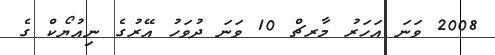
2008 ވަނަ އަހަރު މާރޗް 10 ވަނަ ދުވަހު އޭރުގެ ނިއުޔޯކް ގެ